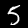
Label: 5